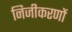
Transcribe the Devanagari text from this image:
निजीकरणों